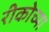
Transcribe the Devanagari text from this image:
रीकोच्या